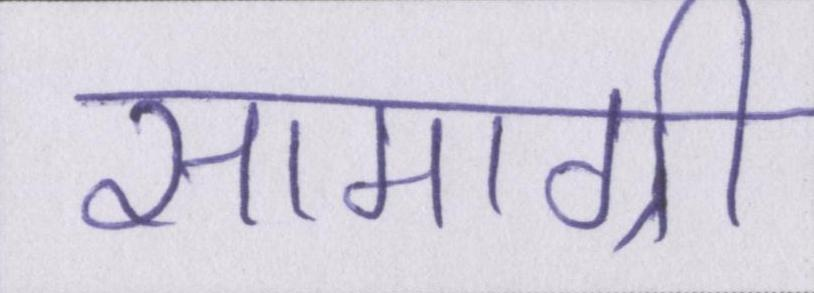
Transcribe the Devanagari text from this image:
सामाग्री